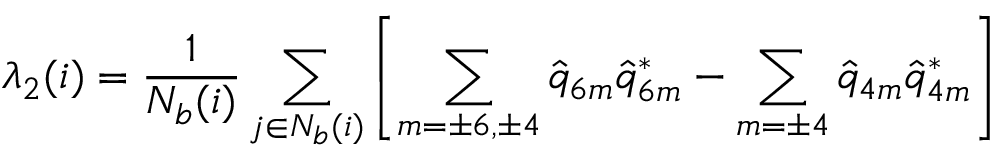
\lambda _ { 2 } ( i ) = \frac { 1 } { N _ { b } ( i ) } \sum _ { j \in N _ { b } ( i ) } \left[ \sum _ { m = \pm 6 , \pm 4 } \hat { q } _ { 6 m } \hat { q } _ { 6 m } ^ { * } - \sum _ { m = \pm 4 } \hat { q } _ { 4 m } \hat { q } _ { 4 m } ^ { * } \right]